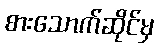
စားသောက်ဆိုင်မှ